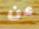
عن